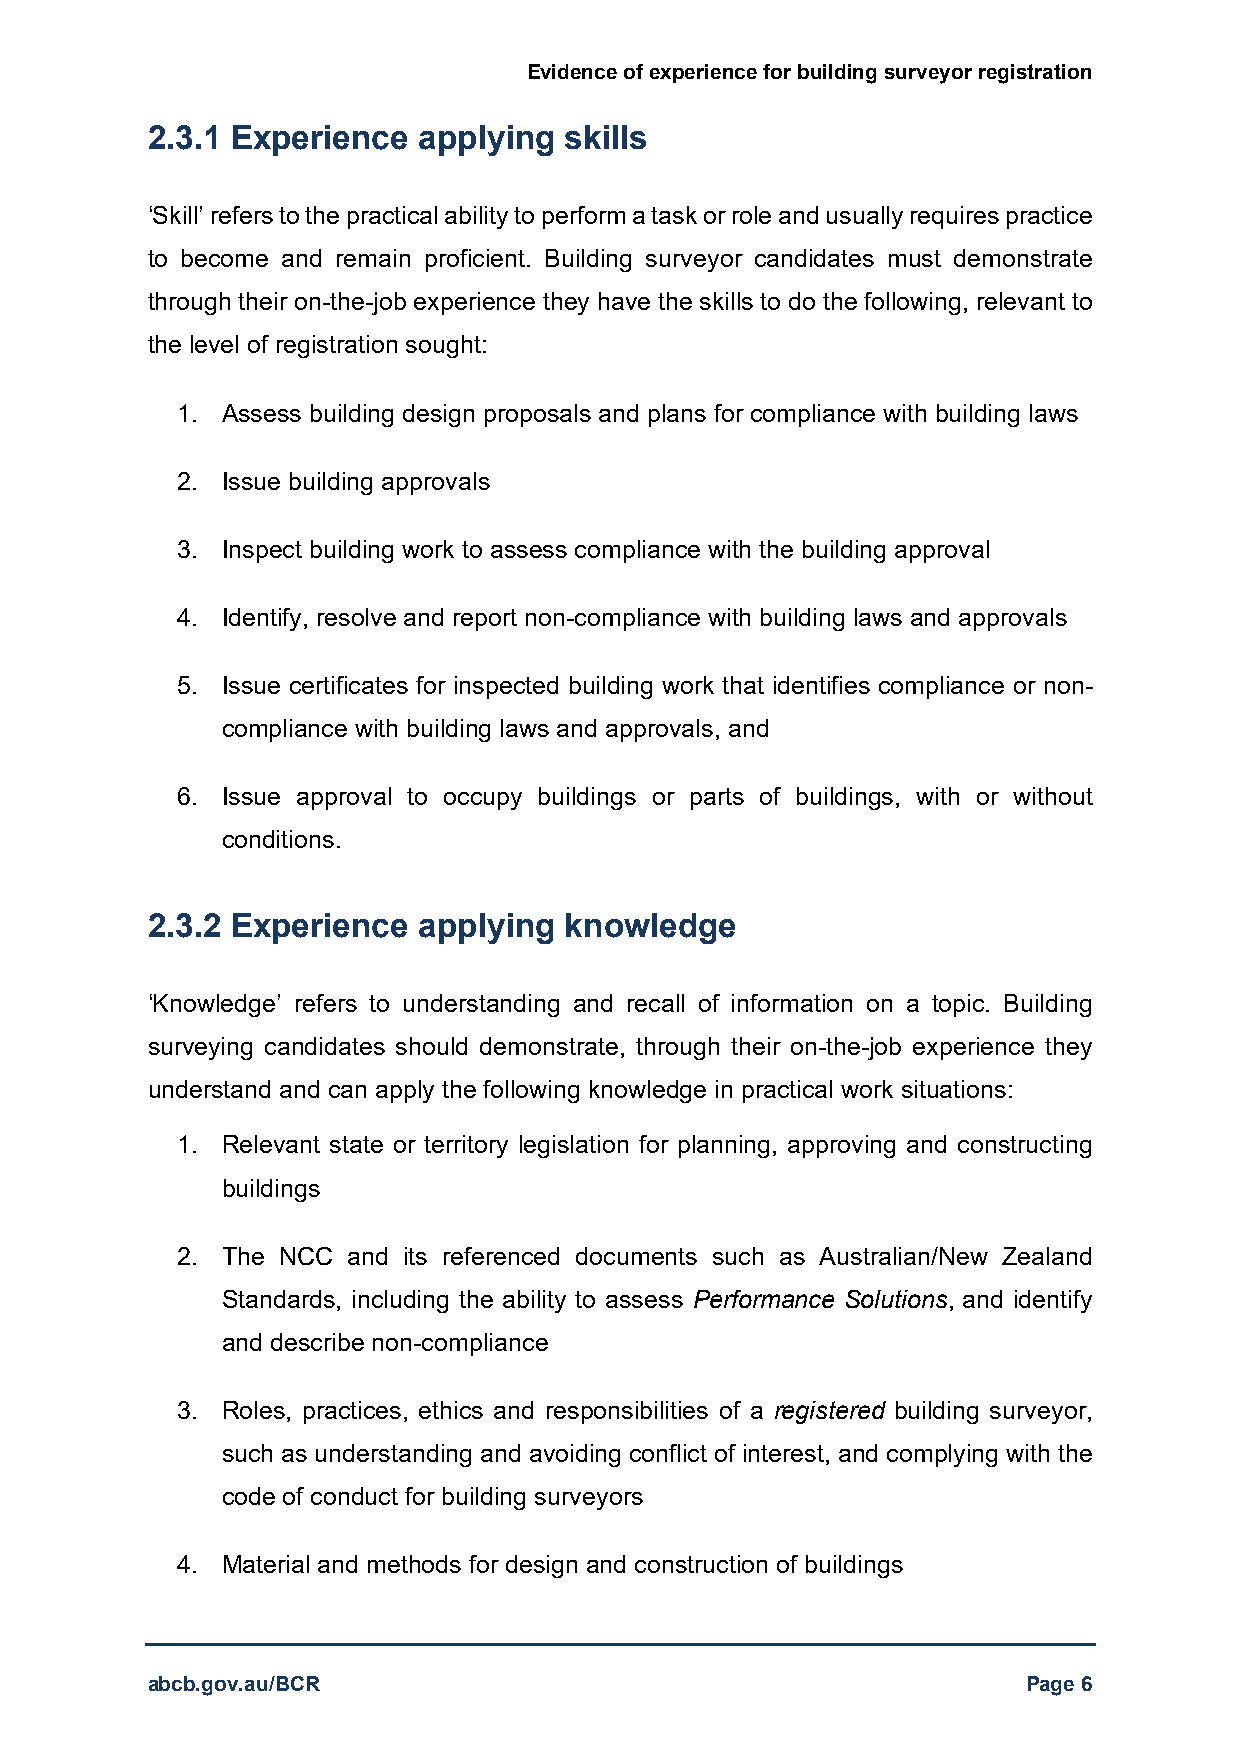
Evidence of experience for building surveyor registration
 2.3.1 Experience  applying skills
 ‘Skill’ refers to the practical ability to perform a task or role and usually requires practice
 to become and remain proficient. Building surveyor candidates must demonstrate
 through their on-the-job experience they have the skills to do the following, relevant to
 the level of registration sought:
 1. Assess building design proposals and plans for compliance with building laws
 2. Issue building approvals
 3. Inspect building work to assess compliance with the building approval
 4. Identify, resolve and report non-compliance with building laws and approvals
 5. Issue certificates for inspected building work that identifies compliance or non-
 compliance with building laws and approvals, and
 6. Issue approval to occupy buildings or parts of buildings, with or without
 conditions.
 2.3.2 Experience  applying knowledge
 ‘Knowledge’ refers to understanding and recall of information on a topic. Building
 surveying candidates should demonstrate, through their on-the-job experience they
 understand and can apply the following knowledge in practical work situations:
 1. Relevant state or territory legislation for planning, approving and constructing
 buildings
 2. The NCC and its referenced documents such as Australian/New Zealand
 Standards, including the ability to assess Performance Solutions, and identify
 and describe non-compliance
 3. Roles, practices, ethics and responsibilities of a registered building surveyor,
 such as understanding and avoiding conflict of interest, and complying with the
 code of conduct for building surveyors
 4. Material and methods for design and construction of buildings
 abcb.gov.au/BCR                                           Page 6